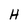
Character: H